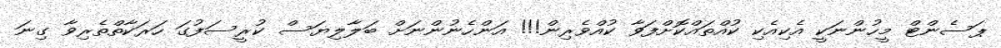
ޕަސެންޓް މީހުންނަކީ އެކިއެކި ކުއްތައްކޮށްފަވާ ކުއްވެރިން!!! އަންހެނުންނަށް ބަލާލިޔަސް ކުރީސަފުގަ ހަރަކާތްތެރިވާ ގިނަ